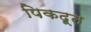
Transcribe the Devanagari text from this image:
पिकदूत